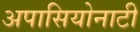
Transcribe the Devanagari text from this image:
अपासियोनाटी